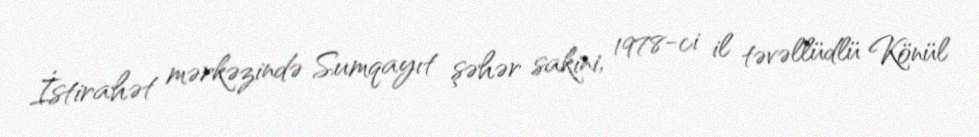
İstirahət mərkəzində Sumqayıt şəhər sakini, 1978-ci il təvəllüdlü Könül